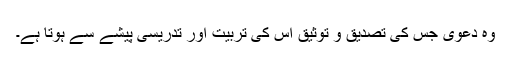
وہ دعویٰ جس کی تصدیق و توثیق اس کی تربیت اور تدریسی پیشے سے ہوتا ہے۔